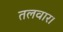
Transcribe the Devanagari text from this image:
तलवार।